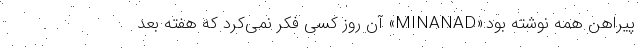
پیراهن همه نوشته بود:«MINANAD» آن روز کسی فکر نمی‌کرد که هفته بعد